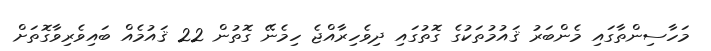
މަހާސިންތާގައި މެންބަރު ޤައުމުތަކުގެ ގޮތުގައި ދިވެހިރާއްޖެ ހިމެނޭ ގޮތުން 22 ޤައުމެއް ބައިވެރިވާގޮތަށް